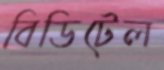
বিডিটেল